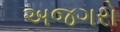
અજગરો